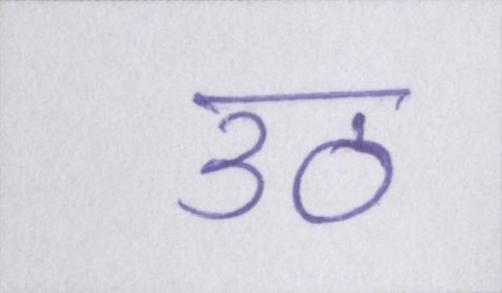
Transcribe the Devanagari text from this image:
उठ